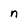
Character: n